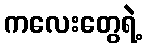
ကလေးတွေရဲ့